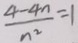
\frac { 4 - 4 n } { n ^ { 2 } } = 1